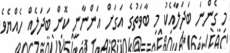
މި ގެންނަ ބަދަލާއެކު މި ބާވަތުގެ އަގަށް އަންނާނީ ކޮން ބަދަލެއް ހެއްޔެވެ